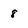
Character: 8